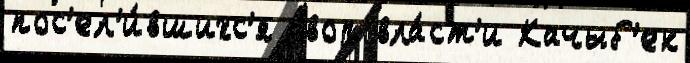
пос'ел'и́вшихс'я двор вла́ст'и Качыб'ек